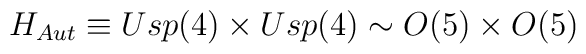
H_{Aut}\equiv Usp(4)\times Usp(4) \sim O(5) \times O(5)